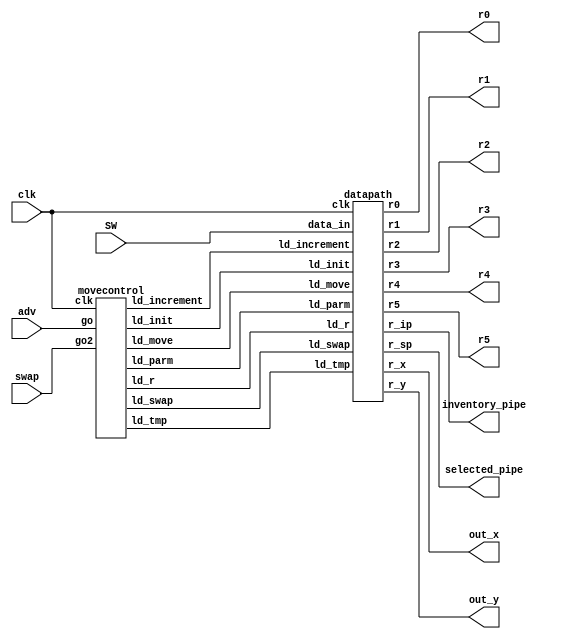
module move(
	input clk,
	output [3:0] out_x,
	output [3:0] out_y,
	input [3:0] SW,
	input adv,
	input swap,
	output [2:0] selected_pipe,
	output [2:0] inventory_pipe,
	output [17:0] r0,
	output [17:0] r1,
	output [17:0] r2,
	output [17:0] r3,
	output [17:0] r4,
	output [17:0] r5
 );

	wire ld_increment, ld_init, ld_move, ld_r, ld_swap, ld_tmp, ld_parm;

	movecontrol c0(
		.clk(clk), // CLOCK_50
		.go(adv), //KEY[0]
		.go2(swap),
		.ld_move(ld_move),
		.ld_increment(ld_increment),
		.ld_r(ld_r),
		.ld_init(ld_init),
		.ld_tmp(ld_tmp),
		.ld_swap(ld_swap),
		.ld_parm(ld_parm)
	);

	datapath d0(
		.clk(clk),
		.data_in(SW),
		.r_x(out_x),
		.r_y(out_y),
		.r_sp(selected_pipe),
		.r_ip(inventory_pipe),
		.r0(r0),
		.r1(r1),
		.r2(r2),
		.r3(r3),
		.r4(r4),
		.r5(r5),
		.ld_move(ld_move), .ld_increment(ld_increment), .ld_init(ld_init), .ld_r(ld_r), .ld_tmp(ld_tmp), .ld_swap(ld_swap), .ld_parm(ld_parm)
    );

endmodule


module movecontrol(
	input clk, // CLOCK_50
   input go, //KEY[0]
	input go2, //KEY[1]
   output reg ld_move,
	output reg ld_increment,
	output reg ld_r,
	output reg ld_init,
	output reg ld_tmp,
	output reg ld_swap,
	output reg ld_parm
);
	reg [5:0] current_state, next_state; 

	localparam  S_INIT 			 = 4'd0,
				S_LOAD_MOVE        = 4'd1,
				S_LOAD_MOVE_WAIT   = 4'd2,
				S_CYCLE_0		    = 4'd3,
				S_CYCLE_1		    = 4'd4,
				S_LOAD_SWAP_WAIT   = 4'd5,
				S_CYCLE_2          = 4'd6,
				S_CYCLE_3          = 4'd7,
				S_CYCLE_4			 = 4'd8;
	
	// Next state logic aka our state table
	always@(*)
	begin: state_table 
			case (current_state)
				S_INIT: next_state = S_LOAD_MOVE;
				S_LOAD_MOVE:begin
					if(go)
						next_state = S_LOAD_MOVE_WAIT;
					else if(go2)
						next_state = S_LOAD_SWAP_WAIT;
					else
						next_state = S_LOAD_MOVE;
				end
				S_LOAD_MOVE_WAIT: next_state = go ? S_LOAD_MOVE_WAIT : S_CYCLE_0; // Loop in current state until go signal goes low
				S_CYCLE_0: next_state = S_CYCLE_1;
				S_CYCLE_1: next_state = S_LOAD_MOVE;
				S_LOAD_SWAP_WAIT: next_state = go2 ? S_LOAD_SWAP_WAIT : S_CYCLE_2;
				S_CYCLE_2: next_state = S_CYCLE_3;
				S_CYCLE_3: next_state = S_CYCLE_4;
				S_CYCLE_4: next_state = S_LOAD_MOVE;
			default:     next_state = S_LOAD_MOVE;
		endcase
	end // state_table

	always @(*)
    begin: enable_signals
		// By default make all our signals 0
		ld_move = 1'b0;
		ld_increment = 1'b0;
		ld_init = 1'b0;
		ld_r = 1'b0;
		ld_tmp = 1'b0;
		ld_swap = 1'b0;
		ld_parm = 1'b0;

        case (current_state)
			S_INIT: begin
				ld_init = 1'b1;
			end
			S_LOAD_MOVE: begin
				ld_move = 1'b1;
			end
			S_CYCLE_0: begin
				ld_increment = 1'b1;
			end
			S_CYCLE_1: begin
				ld_r = 1'b1;
			end
			S_CYCLE_2: begin
				ld_tmp = 1'b1;
			end
			S_CYCLE_3: begin
				ld_swap = 1'b1;
			end
			S_CYCLE_4: begin
				ld_parm = 1'b1;
			end
		endcase
	end


	always@(posedge clk)
    begin: state_FFs
        current_state <= next_state;
    end 
endmodule

module datapath(
   input clk,
   input [3:0] data_in,
	output reg [3:0] r_x,
	output reg [3:0] r_y,
	output reg [2:0] r_sp,
	output reg [2:0] r_ip,
	output reg [17:0] r0,
	output reg [17:0] r1,
	output reg [17:0] r2,
	output reg [17:0] r3,
	output reg [17:0] r4,
	output reg [17:0] r5,
	input ld_move, ld_increment, ld_init, ld_r, ld_tmp, ld_swap, ld_parm
    );

	reg [3:0] initial_x;
	reg [3:0] initial_y;
	reg [2:0] dir;
	reg [5:0] index;
	reg [17:0] row0, row1, row2, row3, row4, row5, curr_row;
	reg [2:0] tmp, invent_pipe;
	wire [2:0] curr_pipe;


	always @(*)
	  case (initial_y[3:0])
			4'd0: curr_row = row0;
			4'd1: curr_row = row1;
			4'd2: curr_row = row2;
			4'd3: curr_row = row3;
			4'd4: curr_row = row4;
			4'd5: curr_row = row5;
			default: curr_row = row0;
	  endcase

	take_sig sig(
		.x(initial_x[3:0]), 
		.row(curr_row),
		.val(curr_pipe)
	);

	// Output result register
    always@(posedge clk) begin
		if(ld_init) begin
			initial_x <= 3'd0;
			initial_y <= 3'd0;
			r_sp <= 3'd5;
			r_x <= initial_x;
			r_y <= initial_y;
			invent_pipe <= 3'd2;
			// The row is stored such that it goes from least significant to most significant.
			// 4, 5, 4, 1, 5, 2
			row0 <= 18'b100101100001101010;
			// 0, 0, 2, 5, 4, 3
			row1 <= 18'b000000010101100011;
			// 0, 2, 5, 2, 1, 0
			row2 <= 18'b000010101010001000;
			// 1, 5, 2, 5, 0, 5
			row3 <= 18'b001101010101000101;
			// 5, 2, 1, 1, 5, 3
			row4 <= 18'b101010001001101011;
			// 2, 1, 1, 3, 2, 0
			row5 <= 18'b010001001011010000;
		end
		if(ld_increment) begin
			case (dir)
				// up
				2'b00:
					initial_y <= initial_y - 1;
				// right
				2'b10:
					initial_x <= initial_x + 1;
				// down
				2'b01:
					initial_y <= initial_y + 1;
				// left
				2'b11:
					initial_x <= initial_x - 1;
			endcase
		end
		if(ld_r) begin
			// output x,y,selected and inv pipes
			r_x <= initial_x;
			r_y <= initial_y;
			r_sp <= curr_pipe;
			r_ip <= invent_pipe;
			r0 <= row0;
			r1 <= row1;
			r2 <= row2;
			r3 <= row3;
			r4 <= row4;
			r5 <= row5;
		end
		if(ld_tmp)begin
			// store previous inventory
			tmp <= invent_pipe;
			// set current inventory to selected pipe
			invent_pipe <= curr_pipe;
		end
		if(ld_swap)begin
			// set the grid value to the prev inventory
			case ({initial_y,initial_x}) 
				8'b00000000: row0[2:0] <= tmp; 
				8'b00000001: row0[5:3] <= tmp;
				8'b00000010: row0[8:6] <= tmp; 
				8'b00000011: row0[11:9] <= tmp;
				8'b00000100: row0[14:12] <= tmp; 
				8'b00000101: row0[17:15] <= tmp;
				
				8'b00010000: row1[2:0] <= tmp; 
				8'b00010001: row1[5:3] <= tmp;
				8'b00010010: row1[8:6] <= tmp; 
				8'b00010011: row1[11:9] <= tmp;
				8'b00010100: row1[14:12] <= tmp; 
				8'b00010101: row1[17:15] <= tmp;
				
				8'b00100000: row2[2:0] <= tmp; 
				8'b00100001: row2[5:3] <= tmp;
				8'b00100010: row2[8:6] <= tmp; 
				8'b00100011: row2[11:9] <= tmp;
				8'b00100100: row2[14:12] <= tmp; 
				8'b00100101: row2[17:15] <= tmp;
				
				8'b00110000: row3[2:0] <= tmp; 
				8'b00110001: row3[5:3] <= tmp;
				8'b00110010: row3[8:6] <= tmp; 
				8'b00110011: row3[11:9] <= tmp;
				8'b00110100: row3[14:12] <= tmp; 
				8'b00110101: row3[17:15] <= tmp;
				
				8'b01000000: row4[2:0] <= tmp; 
				8'b01000001: row4[5:3] <= tmp;
				8'b01000010: row4[8:6] <= tmp; 
				8'b01000011: row4[11:9] <= tmp;
				8'b01000100: row4[14:12] <= tmp; 
				8'b01000101: row4[17:15] <= tmp;
				
				8'b01010000: row5[2:0] <= tmp; 
				8'b01010001: row5[5:3] <= tmp;
				8'b01010010: row5[8:6] <= tmp; 
				8'b01010011: row5[11:9] <= tmp;
				8'b01010100: row5[14:12] <= tmp; 
				8'b01010101: row5[17:15] <= tmp;
			endcase
		end
		if(ld_parm)begin
			// ouput inventory and selected after swap
			r_ip <= invent_pipe;
			r_sp <= curr_pipe;
			r0 <= row0;
			r1 <= row1;
			r2 <= row2;
			r3 <= row3;
			r4 <= row4;
			r5 <= row5;
		end
		
    end

	// Registers move with respective input logic
    always@(posedge clk) begin
		if(ld_move) begin
			case (data_in)
				// up
				4'b0001:begin
					dir <= 2'b00;
				end
				// down
				4'b0010:begin
					dir <= 2'b01;
				end
				// right
				4'b0100:begin
					dir <= 2'b10;
				end
				// left
				4'b1000:begin
					dir <= 2'b11;
				end
				default: dir <= 2'b00;
			endcase
		end

    end

endmodule


module take_sig(x, row, val);
	input [3:0] x;
	input [17:0] row;
	output reg [2:0] val;
	
	always @(*)
        case (x)
            4'd0: val = row[2:0];
            4'd1: val = row[5:3];
            4'd2: val = row[8:6];
            4'd3: val = row[11:9];
            4'd4: val = row[14:12];
            4'd5: val = row[17:15];
            default: val = row[2:0];
    endcase
	
endmodule
 
 
 module hex_decoder(hex_digit, segments);
    input [3:0] hex_digit;
    output reg [6:0] segments;
   
    always @(*)
        case (hex_digit)
            4'h0: segments = 7'b100_0000;
            4'h1: segments = 7'b111_1001;
            4'h2: segments = 7'b010_0100;
            4'h3: segments = 7'b011_0000;
            4'h4: segments = 7'b001_1001;
            4'h5: segments = 7'b001_0010;
            4'h6: segments = 7'b000_0010;
            4'h7: segments = 7'b111_1000;
            4'h8: segments = 7'b000_0000;
            4'h9: segments = 7'b001_1000;
            4'hA: segments = 7'b000_1000;
            4'hB: segments = 7'b000_0011;
            4'hC: segments = 7'b100_0110;
            4'hD: segments = 7'b010_0001;
            4'hE: segments = 7'b000_0110;
            4'hF: segments = 7'b000_1110;   
            default: segments = 7'h7f;
        endcase
endmodule